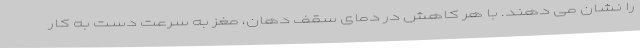
را نشان می دهند. با هر کاهش در دمای سقف دهان، مغز به سرعت دست به کار